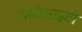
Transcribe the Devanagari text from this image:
रायोलाइटी